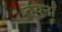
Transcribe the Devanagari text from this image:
तेयर्नों